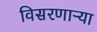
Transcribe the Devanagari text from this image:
विसरणाऱ्या